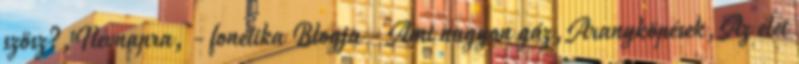
szösz?,Névnapra, - fonetika Blogja - Ami nagyon gáz,Aranyköpések,Az élet